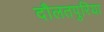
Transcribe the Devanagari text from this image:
दौलतपुरिया